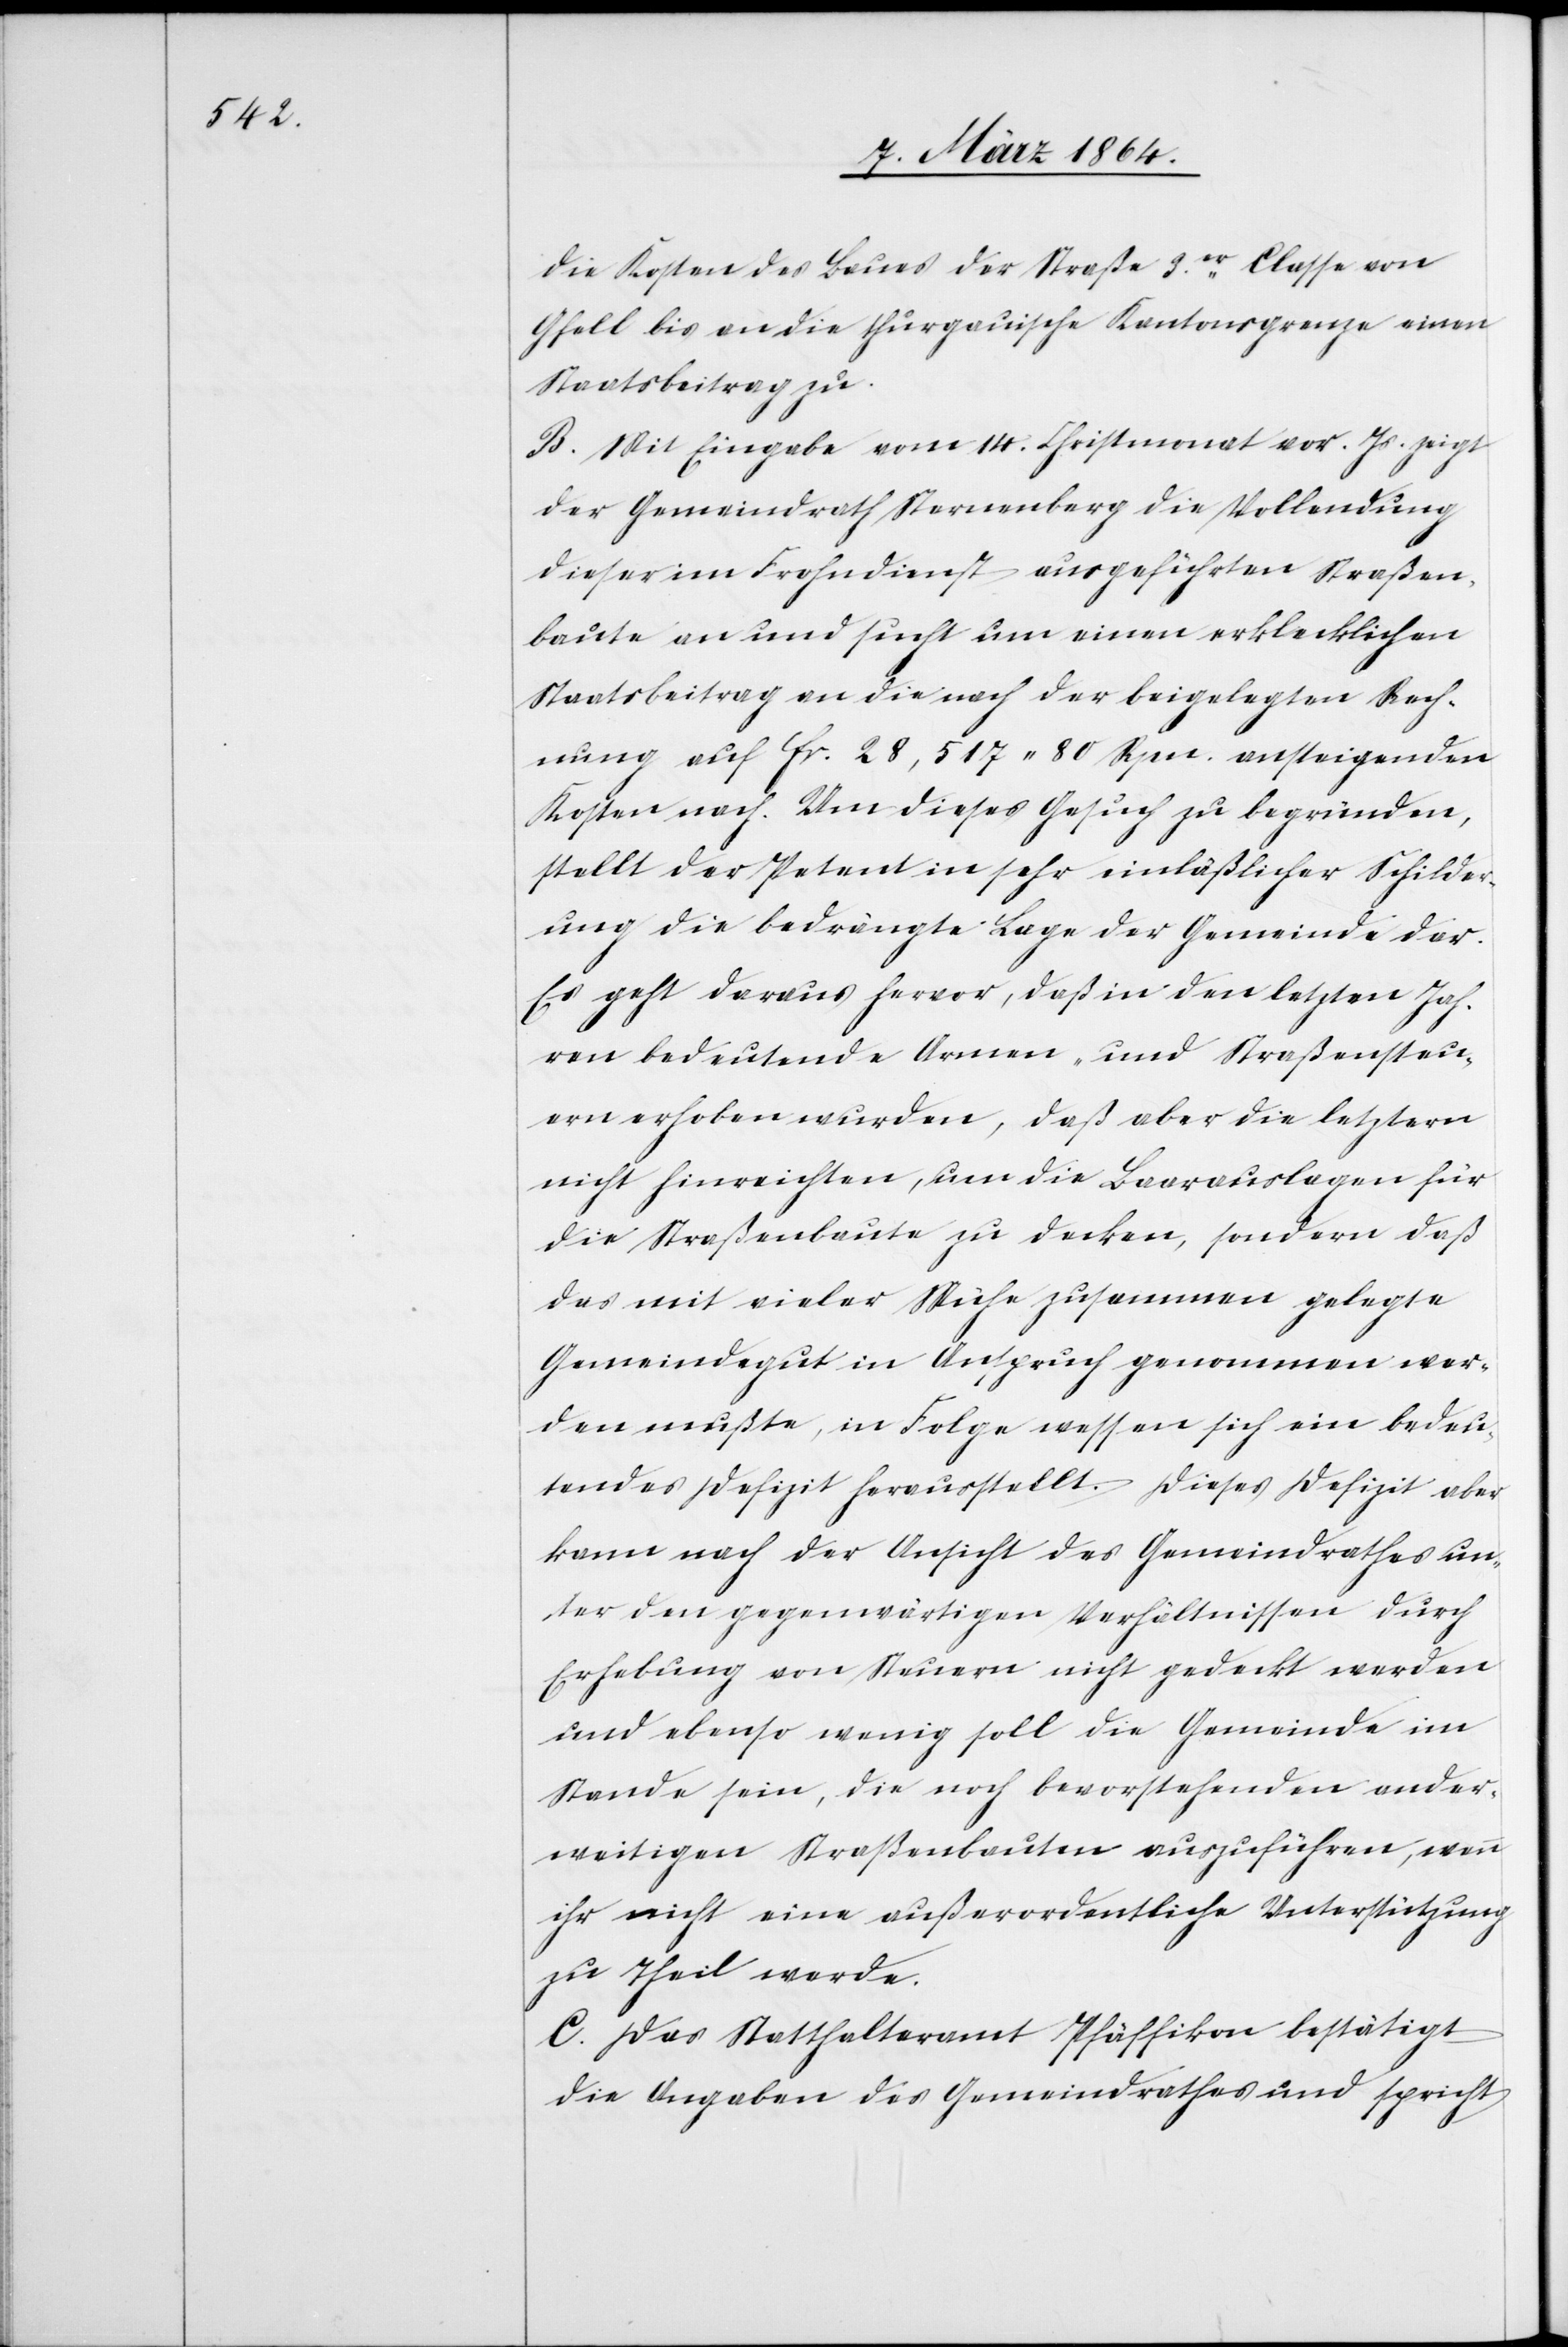
die Kosten des Baues der Straße 3.er Classe von
Gfell bis an die thurgauische Kantonsgrenze einen
Staatsbeitrag zu.
B. Mit Eingabe vom 14. Christmonat vor. Js. zeigt
der Gemeindrath Sternenberg die Vollendung
dieser im Frohndienst ausgeführten Straßen¬
baute an und sucht um einen erklecklichen
Staatsbeitrag an die nach der beigelegten Rech¬
nung auf fr. 28,517 80 Rpn. ansteigenden
Kosten nach. Um dieses Gesuch zu begründen,
stellt der Petent in sehr einläßlicher Schilder¬
ung die bedrängte Lage der Gemeinde dar.
Es geht daraus hervor, daß in den letzten Jah¬
ren bedeutende Armen- und Straßensteu¬
ern erhoben wurden, daß aber die letztern
nicht hinreichten, um die Baarauslagen für
die Straßenbaute zu decken, sondern daß
das mit vieler Mühe zusammen gelegte
Gemeindegut in Anspruch genommen wer¬
den mußte, in Folge wessen sich ein bedeu¬
tendes Defizit herausstellt. Dieses Defizit aber
kann nach der Ansicht des Gemeindrathes un¬
ter den gegenwärtigen Verhältnissen durch
Erhebung von Steuern nicht gedeckt werden
und ebenso wenig soll die Gemeinde im
Stande sein, die noch bevorstehenden ander¬
weitigen Straßenbauten auszuführen, wenn
ihr nicht eine außerordentliche Unterstützung
zu Theil werde.
C. Das Statthalteramt Pfäffikon bestätigt
die Angaben des Gemeindrathes und spricht